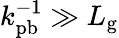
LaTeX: k_{\mathrm{pb}}^{-1}\gg L_{\mathrm{g}}